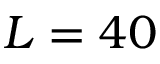
L = 4 0